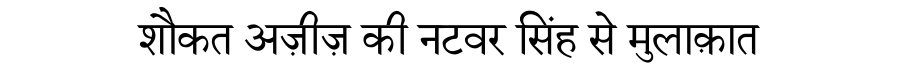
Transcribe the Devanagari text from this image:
शौकत अज़ीज़ की नटवर सिंह से मुलाक़ात